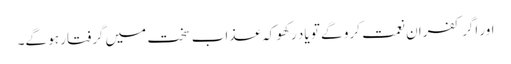
اور اگر کفران نعمت کرو گے تو یاد رکھو کہ عذاب سخت میں گرفتار ہو گے۔